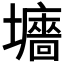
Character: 𡓜